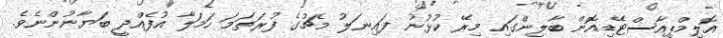
އޮލިމްޕިއާސްޓޭޑިއޮން ބާލިންގައި މިރޭ ކުޅުނު ފައިނަލު މެޗުގެ ފުރަތަމަ ހަމަލާ އުފެއްދީ ބަޔާނުންނެވެ.